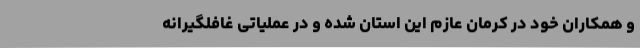
و همکاران خود در کرمان عازم این استان شده و در عملیاتی غافلگیرانه